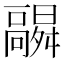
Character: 𬴛